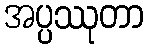
အပ္ပဿုတာ